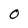
Character: O